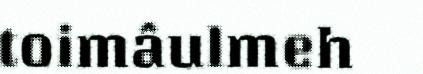
toimâulmeh